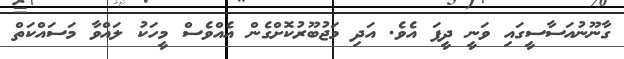
ގާނޫނުއަސާސީގައި ވަނީ ދީފަ އެވެ. އަދި މަޖުބޫރުކޮށްގެން އެއްވެސް މީހަކު ލައްވާ މަސައްކަތް